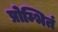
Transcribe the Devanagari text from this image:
प्रोम्भितं